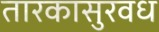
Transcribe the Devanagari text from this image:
तारकासुरवध